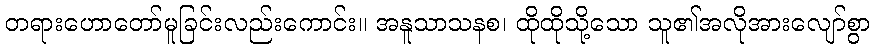
တရားဟောတော်မူခြင်းလည်းကောင်း။ အနူသာသနစ၊ ထိုထိုသို့သော သူ၏အလိုအားလျော်စွာ